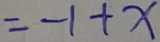
= - 1 + x